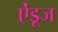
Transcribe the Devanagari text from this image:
ऐंडूज